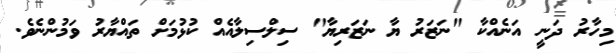
މިހާރު ދަނީ އަނެއްކާ "ނަޒަރު ޔާ ނަޒަރިޔާ" ސިލްސިލާއެއް ކުޅުމަށް ތައްޔާރު ވަމުންނެވެ.